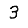
Digit: 3